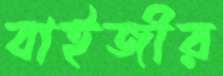
বাইজীর